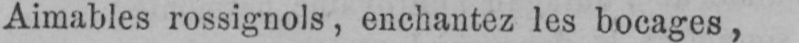
Aimables rossignols, enchantez les bocages,